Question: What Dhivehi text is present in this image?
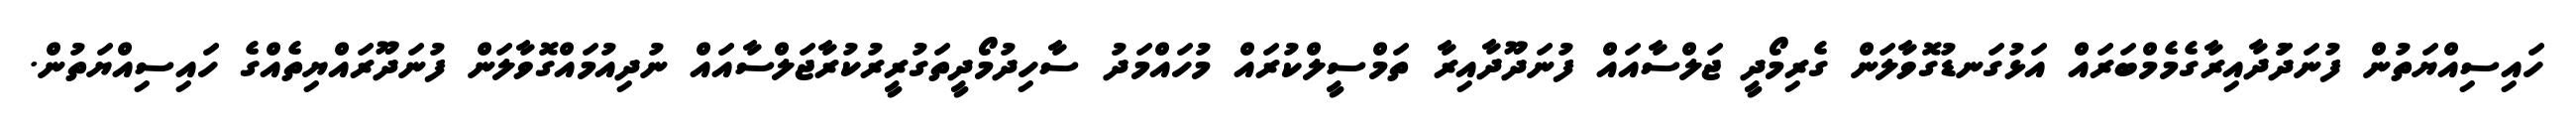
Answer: ހައިސިއްޔަތުން ފުނަދަުދާއިރާގެމެމްބަރައް އަޅުގަނޑުގޮވާލަން ގެރިމޯދީ ޖަލްސާއައް ފުނަދޫދާއިރާ ތަމްސީލްކުރައް މުހައްމަދު ސާހިދުމޯދީތަގުރީރުކުރާޖަލްސާއައް ނުދިއުމައްގޮވާލަން ފުނަދޫރައްޔިތެއްގެ ހައިސިއްޔަތުން.